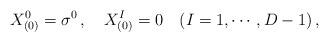
LaTeX: \begin{align*}X^0_{(0)} = \sigma^0 \, , \quad X^I_{(0)} = 0 \quad (I = 1, \cdots, D-1) \, ,\end{align*}